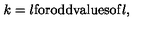
k = l \mathrm { f o r o d d v a l u e s o f } l ,